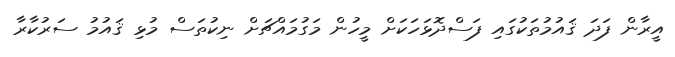
އީރާން ފަދަ ޤައުމުތަކުގައި ފަސްދޮޅަހަކަށް މީހުން މަގުމައްޗަށް ނިކުތަސް މުޅި ޤައުމު ސަރުކާރާ